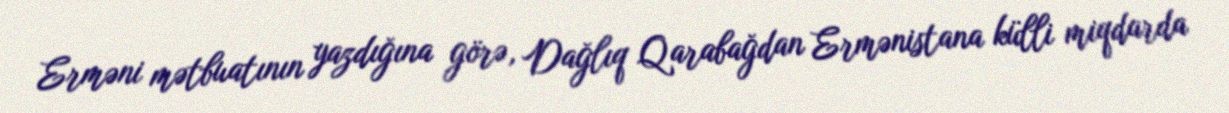
Erməni mətbuatının yazdığına görə, Dağlıq Qarabağdan Ermənistana külli miqdarda